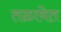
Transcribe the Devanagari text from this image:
तळावेत